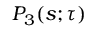
P _ { 3 } { \left( s ; \tau \right) }